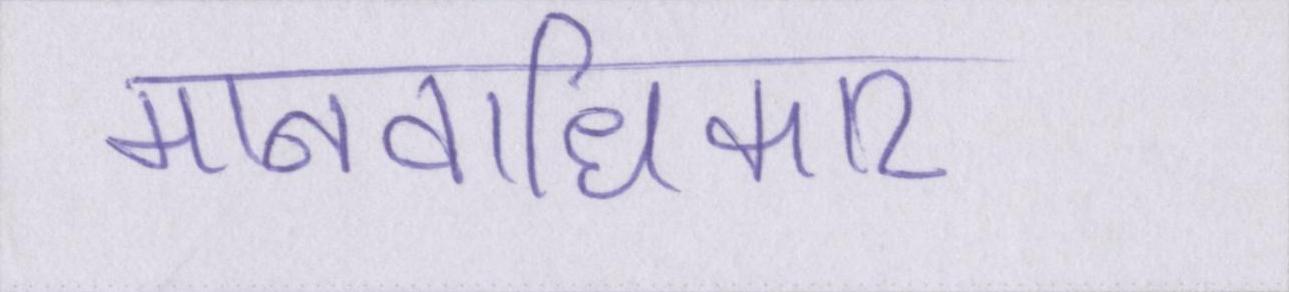
मानवाधिकार